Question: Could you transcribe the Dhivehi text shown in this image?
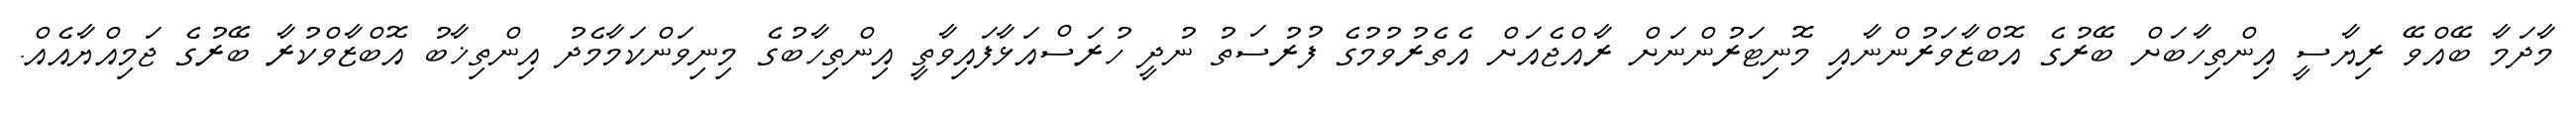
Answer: މާދަމާ ބޭއްވޭ ރިޔާސީ އިންތިހާބަށް ބޭރުގެ އޮބްޒާވަރުންނާއި މޮނިޓަރުންނަށް ރާއްޖެއަށް އެތެރުވުމުގެ ފުރުސަތު ނުދީ ހުރަސްއަޅާފައިވާތީ އިންތިހާބުގެ މިނިވަންކަމާމެދު އިންތިޚާބު އޮބްޒާވްކުރާ ބޭރުގެ ޖަމިއްޔާއެއް.